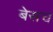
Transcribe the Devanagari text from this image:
बेसच